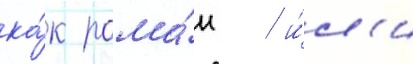
ка́к рома́н / и́л'и